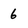
Character: 6